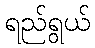
ရည်ရွယ်